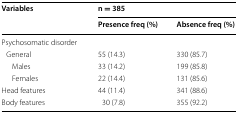
<table><thead><tr><td rowspan="2"><b>Variables</b></td><td colspan="2"><b>n = 385</b></td></tr><tr><td><b>Presence freq (%)</b></td><td><b>Absence freq (%)</b></td></tr></thead><tbody><tr><td colspan="3">Psychosomatic disorder</td></tr><tr><td> General</td><td>55 (14.3)</td><td>330 (85.7)</td></tr><tr><td>Males</td><td>33 (14.2)</td><td>199 (85.8)</td></tr><tr><td>Females</td><td>22 (14.4)</td><td>131 (85.6)</td></tr><tr><td>Head features</td><td>44 (11.4)</td><td>341 (88.6)</td></tr><tr><td>Body features</td><td>30 (7.8)</td><td>355 (92.2)</td></tr></tbody></table>